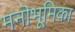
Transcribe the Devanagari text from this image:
मनॊभूमिका